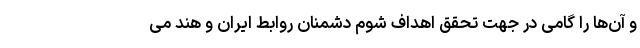
و آن‌ها را گامی در جهت تحقق اهداف شوم دشمنان روابط ایران و هند می